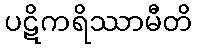
ပဋိကရိဿာမီတိ